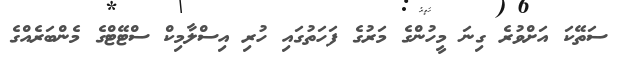
ސަތޭކަ އަށްވުރެ ގިނަ މީހުންގެ މަރުގެ ފަހަތުގައި ހުރި އިސްލާމިކް ސްޓޭޓްގެ މެންބަރެއްގެ